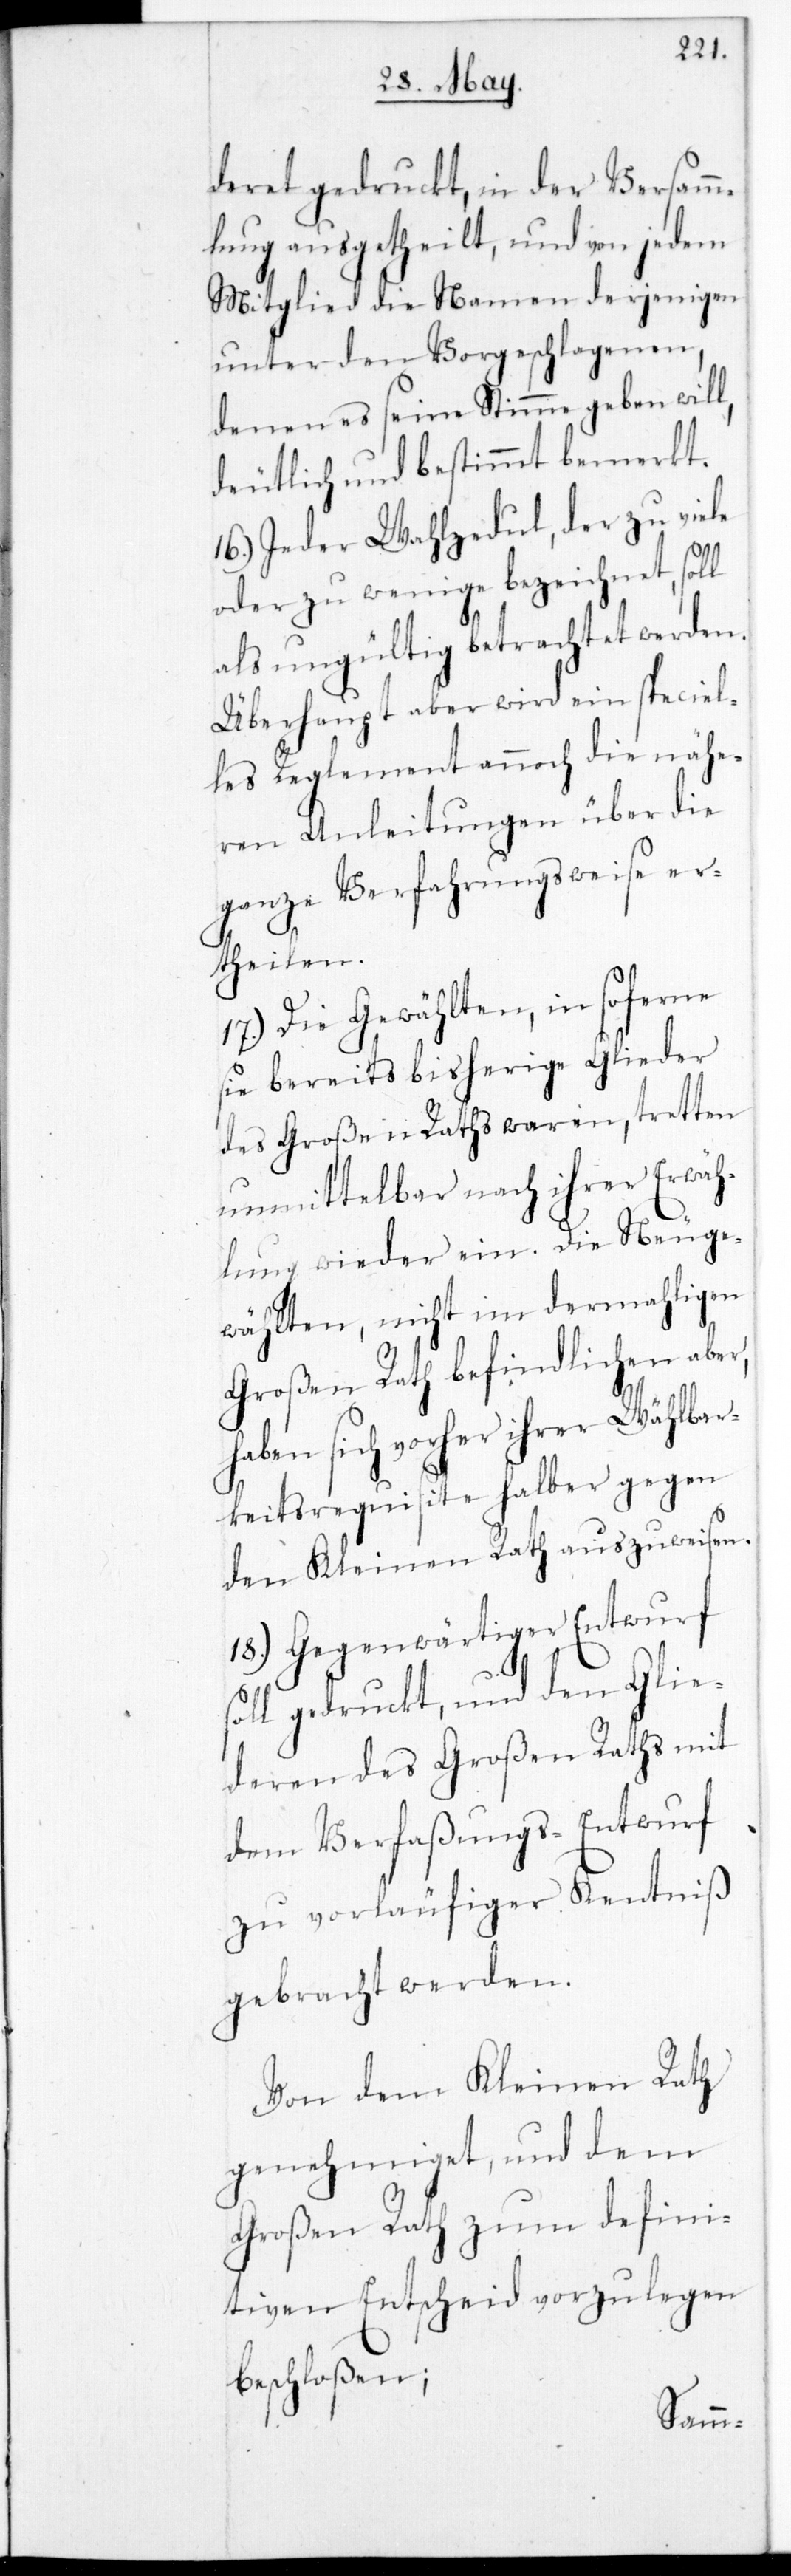
deret gedruckt, in der Versamm¬
lung ausgetheilt, und von jedem
Mitglied die Namen derjenigen
unter den Vorgeschlagenen,
denen es seine Stimme geben will,
deutlich und bestimmt bemerkt.
16.) Jeder Wahlzedul, der zu Viele
oder zu Wenige bezeichnet, soll
als ungültig betrachtet werden.
Überhaupt aber wird ein speciel¬
les Reglement annoch die nähe¬
ren Anleitungen über die
ganze Verfahrungsweise er¬
theilen.
17.) Die Gewählten, in soferne
sie bereits bisherige Glieder
des Großen Raths waren, tretten
unmittelbar nach ihrer Erwäh¬
lung wieder ein. Die neuge¬
wählten nicht im dermahligen
Großen Rath befindlichen aber,
haben sich vorher ihrer Wählbar¬
keitsrequisite halber gegen
den Kleinen Rath auszuweisen.
18.) Gegenwärtiger Entwurf
soll gedruckt und den Glie¬
deren des Großen Raths mit
dem Verfaßungs-Entwurf
zu vorläufiger Kenntniß
gebracht werden.
Von dem Kleinen Rath
genehmiget und dem
Großen Rath zum defini¬
tiven Entscheid vorzulegen
beschloßen;